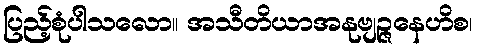
ပြည့်စုံပါသလော။ အသီတိယာအနုဗျဉ္ဇနေဟိစ၊